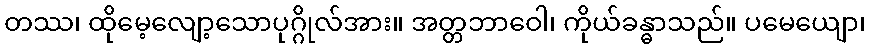
တဿ၊ ထိုမေ့လျော့သောပုဂ္ဂိုလ်အား။ အတ္တဘာဝေါ၊ ကိုယ်ခန္ဓာသည်။ ပမေယျော၊